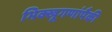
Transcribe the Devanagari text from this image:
भिक्खूगणांपैकी